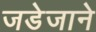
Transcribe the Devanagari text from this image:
जडेजाने